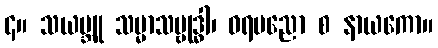
၄။ သယမ္ဘူ သမ္မာသမ္ဗုဒ္ဓါ၊ ဝရပညော စ နာယကော။